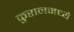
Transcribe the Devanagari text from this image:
कुरानमध्ये